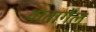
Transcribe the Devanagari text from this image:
वातार्गेल